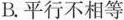
B.平行不相等